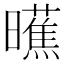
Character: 𬁞